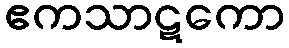
ဧကသာဋကော